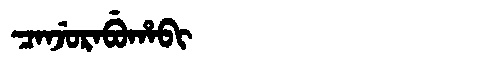
Manchu: ᠴᠠᠨᠵᡠᡵᠠᠪᡠᡥᠠᠪᡳ
Romanization: CANJURABUHABI